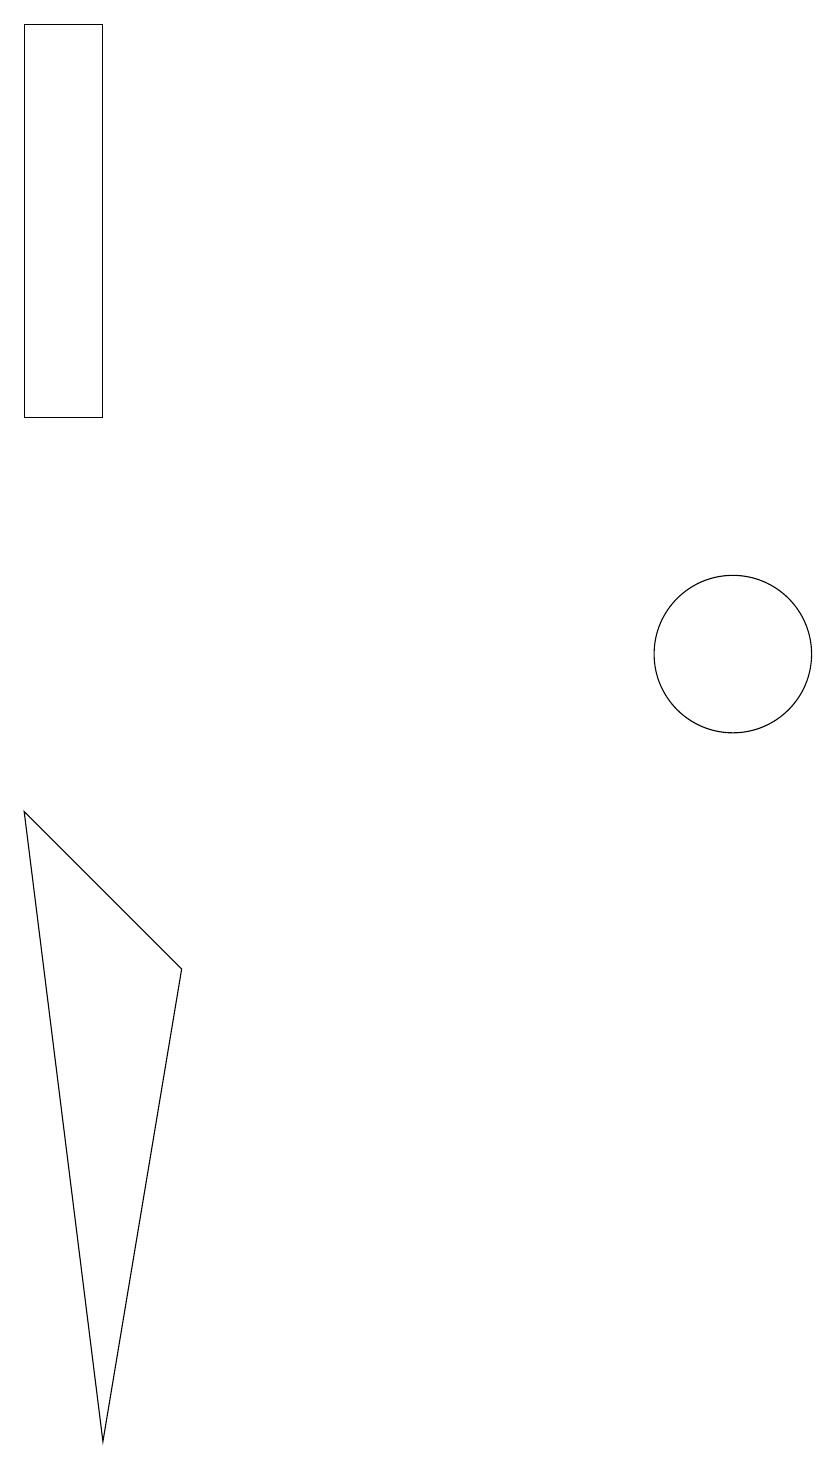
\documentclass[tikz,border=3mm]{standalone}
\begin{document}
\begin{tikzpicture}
\draw (3,0) -- (2,8) -- (4,6) -- cycle;
\draw (11,10) circle (1);
\draw (2,18) rectangle (3,13);
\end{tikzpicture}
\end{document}